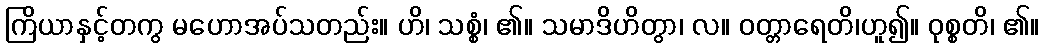
ကြိယာနှင့်တကွ မဟောအပ်သတည်း။ ဟိ၊ သစ္စံ၊ ၏။ သမာဒိဟိတွာ၊ လ။ ဝတ္တာရေတိ၊ဟူ၍။ ဝုစ္စတိ၊ ၏။